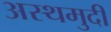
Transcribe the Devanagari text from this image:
अस्थमुदी